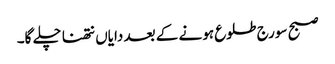
صبح سورج طلوع ہونے کے بعد دایاں نتھنا چلے گا۔